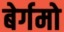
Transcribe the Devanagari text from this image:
बेर्गमो